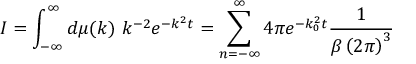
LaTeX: I = \int _ { - \infty } ^ { \infty } d \mu ( k ) \, \, k ^ { - 2 } e ^ { - k ^ { 2 } t } = \sum _ { n = - \infty } ^ { \infty } 4 \pi e ^ { - k _ { 0 } ^ { 2 } t } \frac { 1 } { \beta \left( 2 \pi \right) ^ { 3 } }